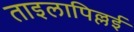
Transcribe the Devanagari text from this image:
ताइलापिल्लई